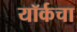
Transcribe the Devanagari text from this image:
यॉर्कचा